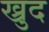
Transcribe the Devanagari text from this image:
ख्रुद